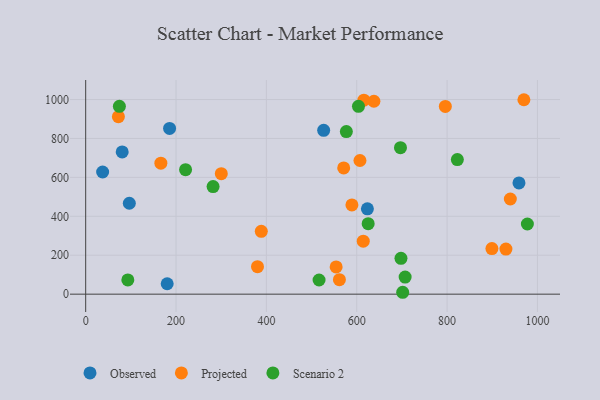
{"axis": {"x": "Investment", "y": "Sales"}, "legend": ["Observed", "Projected", "Scenario 2"], "data": [{"x": "623.6", "y": 438.5, "type": "Observed"}, {"x": "180.4", "y": 53.6, "type": "Observed"}, {"x": "526.8", "y": 841.6, "type": "Observed"}, {"x": "96.6", "y": 467.0, "type": "Observed"}, {"x": "37.5", "y": 627.7, "type": "Observed"}, {"x": "959.1", "y": 571.6, "type": "Observed"}, {"x": "80.8", "y": 730.8, "type": "Observed"}, {"x": "185.7", "y": 851.5, "type": "Observed"}, {"x": "571.1", "y": 648.4, "type": "Projected"}, {"x": "380.3", "y": 141.0, "type": "Projected"}, {"x": "638.0", "y": 991.2, "type": "Projected"}, {"x": "166.4", "y": 672.9, "type": "Projected"}, {"x": "940.0", "y": 488.9, "type": "Projected"}, {"x": "614.4", "y": 272.1, "type": "Projected"}, {"x": "607.1", "y": 686.8, "type": "Projected"}, {"x": "554.4", "y": 139.9, "type": "Projected"}, {"x": "930.2", "y": 231.9, "type": "Projected"}, {"x": "72.4", "y": 912.0, "type": "Projected"}, {"x": "970.0", "y": 999.0, "type": "Projected"}, {"x": "589.3", "y": 458.7, "type": "Projected"}, {"x": "561.6", "y": 74.5, "type": "Projected"}, {"x": "388.7", "y": 322.7, "type": "Projected"}, {"x": "899.2", "y": 234.0, "type": "Projected"}, {"x": "300.2", "y": 618.9, "type": "Projected"}, {"x": "615.8", "y": 996.7, "type": "Projected"}, {"x": "796.1", "y": 964.8, "type": "Projected"}, {"x": "93.3", "y": 72.9, "type": "Scenario 2"}, {"x": "577.0", "y": 835.3, "type": "Scenario 2"}, {"x": "977.7", "y": 360.5, "type": "Scenario 2"}, {"x": "707.1", "y": 87.8, "type": "Scenario 2"}, {"x": "625.3", "y": 362.3, "type": "Scenario 2"}, {"x": "282.0", "y": 552.8, "type": "Scenario 2"}, {"x": "822.7", "y": 691.3, "type": "Scenario 2"}, {"x": "221.1", "y": 639.5, "type": "Scenario 2"}, {"x": "696.8", "y": 752.7, "type": "Scenario 2"}, {"x": "697.9", "y": 183.9, "type": "Scenario 2"}, {"x": "74.6", "y": 965.3, "type": "Scenario 2"}, {"x": "701.7", "y": 9.7, "type": "Scenario 2"}, {"x": "603.8", "y": 965.0, "type": "Scenario 2"}, {"x": "516.6", "y": 72.8, "type": "Scenario 2"}]}